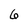
Character: 6